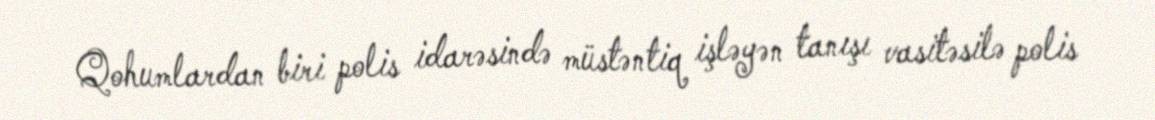
Qohumlardan biri polis idarəsində müstəntiq işləyən tanışı vasitəsilə polis